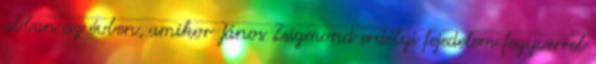
abban az évben, amikor János Zsigmond erdélyi fejedelem fegyverrel